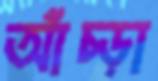
আঁচ্‌ড়া